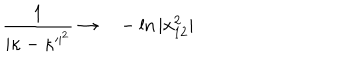
LaTeX: \frac { 1 } { \vert \kappa - \kappa ^ { \prime \vert ^ { 2 } } } \rightarrow \ \ \ - \ln \vert x _ { 1 2 } ^ { 2 } \vert